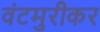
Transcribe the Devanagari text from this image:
वंटमुरीकर